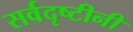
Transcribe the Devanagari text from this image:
सर्वदृष्टीनी